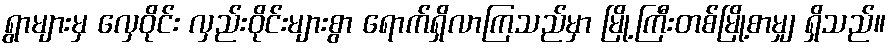
ရွာများမှ လှေဝိုင်း လှည်းဝိုင်းများစွာ ရောက်ရှိလာကြသည်မှာ မြို့ကြီးတစ်မြို့စာမျှ ရှိသည်။